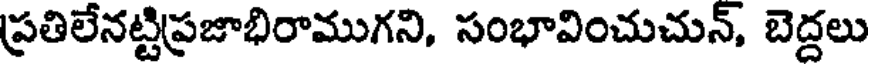
ప్రతిలేనట్టిప్రజాభిరాముగని, సంభావించుచున్, బెద్దలు